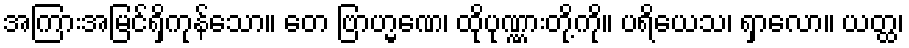
အကြားအမြင်ရှိကုန်သော။ တေ ဗြာဟ္မဏေ၊ ထိုပုဏ္ဏားတို့ကို။ ပရိယေသ၊ ရှာလော။ ယတ္ထ၊